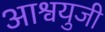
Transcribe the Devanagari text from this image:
आश्वयुजी